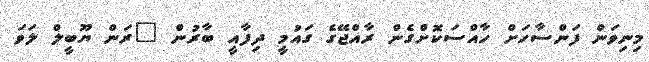
މިނިވަން ފަންސާހަށް ހާއްސަކޮށްގެން ރާއްޖޭގެ ގައުމީ ދިފާއީ ބާރުން "ރަން ޔޫބީލް ލަވަ